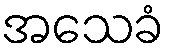
အသေခံ